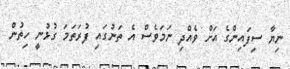
ނިޔާ ސިފައިންގެ އަށް ވެއްދި ނަމަވެސް އެ ތަނުގައި ފުރަތަމަ ގުޅުނީ ހިތުން